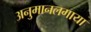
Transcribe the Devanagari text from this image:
अनुमानलगाया